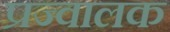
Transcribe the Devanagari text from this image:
प्रज्वालक